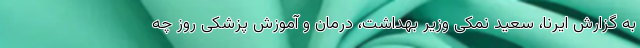
به گزارش ایرنا، سعید نمکی وزیر بهداشت، درمان و آموزش پزشکی روز چه